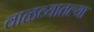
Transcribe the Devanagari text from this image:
वाळव्यातल्या